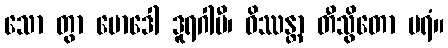
သော တွာ မောဒေါ ဒူရဂါမီ၊ ဝိဿန္တာ တီသွိတော ပရံ။